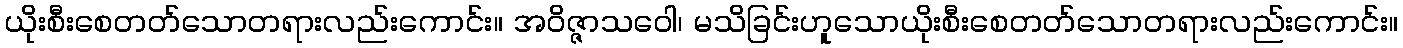
ယိုးစီးစေတတ်သောတရားလည်းကောင်း။ အဝိဇ္ဇာသဝေါ၊ မသိခြင်းဟူသောယိုးစီးစေတတ်သောတရားလည်းကောင်း။